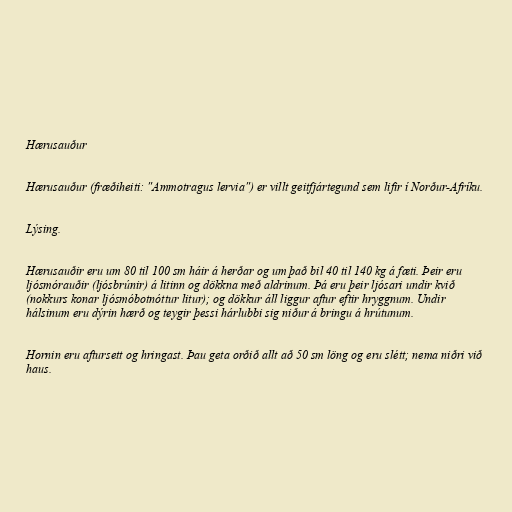
Hærusauður

Hærusauður (fræðiheiti: "Ammotragus lervia") er villt geitfjártegund sem lifir í Norður-Afríku.

Lýsing.

Hærusauðir eru um 80 til 100 sm háir á herðar og um það bil 40 til 140 kg á fæti. Þeir eru
ljósmórauðir (ljósbrúnir) á litinn og dökkna með aldrinum. Þá eru þeir ljósari undir kvið
(nokkurs konar ljósmóbotnóttur litur); og dökkur áll liggur aftur eftir hryggnum. Undir
hálsinum eru dýrin hærð og teygir þessi hárlubbi sig niður á bringu á hrútunum.

Hornin eru aftursett og hringast. Þau geta orðið allt að 50 sm löng og eru slétt; nema niðri við
haus.